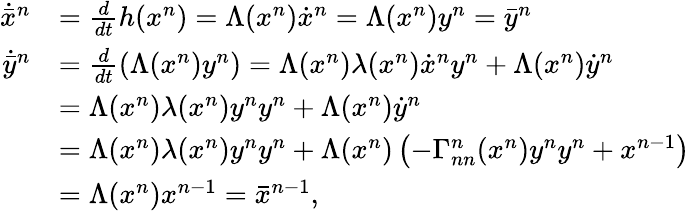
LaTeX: \begin{array}{rl}{\dot{\bar{x}}^{n}}&{=\frac{d}{dt}h(x^{n})=\Lambda(x^{n})\dot{x}^{n}=\Lambda(x^{n})y^{n}=\bar{y}^{n}}\\ {\dot{\bar{y}}^{n}}&{=\frac{d}{dt}\left(\Lambda(x^{n})y^{n}\right)=\Lambda(x^{n})\lambda(x^{n})\dot{x}^{n}y^{n}+\Lambda(x^{n})\dot{y}^{n}}\\ &{=\Lambda(x^{n})\lambda(x^{n})y^{n}y^{n}+\Lambda(x^{n})\dot{y}^{n}}\\ &{=\Lambda(x^{n})\lambda(x^{n})y^{n}y^{n}+\Lambda(x^{n})\left(-\Gamma_{nn}^{n}(x^{n})y^{n}y^{n}+x^{n-1}\right)}\\ &{=\Lambda(x^{n})x^{n-1}=\bar{x}^{n-1},}\end{array}